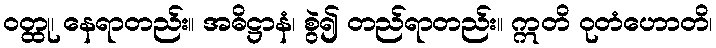
ဝတ္ထု၊ နေရာတည်း။ အဓိဋ္ဌာနံ၊ စွဲ၍ တည်ရာတည်း။ ဣတိ ဝုတံဟောတိ၊